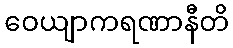
ဝေယျာကရဏာနီတိ